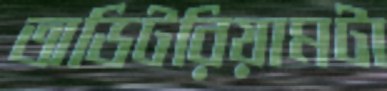
অডিটরিয়ামটা